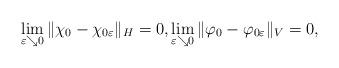
LaTeX: \begin{align*} \lim_{\varepsilon \searrow 0} \| \chi_0 - \chi_{0\varepsilon} \|_H =0,\lim_{\varepsilon \searrow 0} \| \varphi_0 - \varphi_{0\varepsilon} \|_V =0,\end{align*}